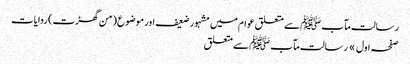
رسالت مآب ﷺ سے متعلق عوام میں مشہور ضعیف اور موضوع (من گھڑت) روایات
صفحہ اول » رسالت مآب ﷺ سے متعلق